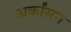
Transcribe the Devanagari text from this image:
अर्कांसन